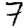
Digit: 7